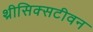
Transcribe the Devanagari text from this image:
थ्रीसिक्सटीवन